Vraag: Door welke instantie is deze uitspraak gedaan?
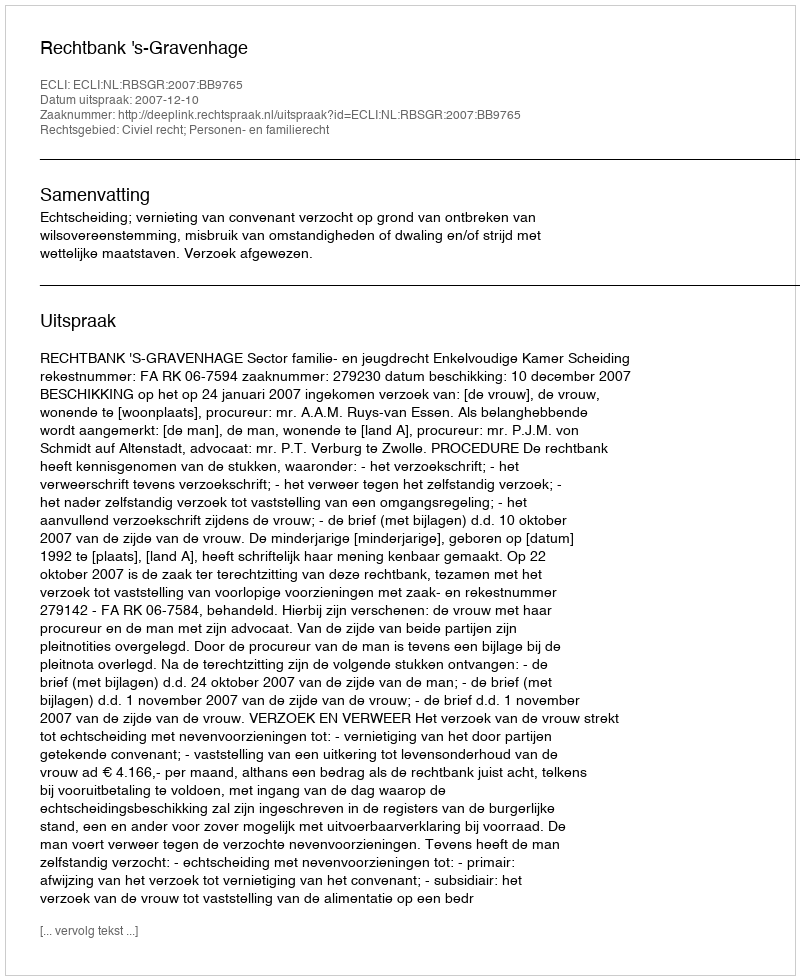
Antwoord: Rechtbank 's-Gravenhage